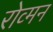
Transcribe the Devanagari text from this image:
रोव्मन